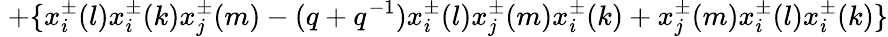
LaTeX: \; +\{ x_{i}^{\pm}(l)x_{i}^{\pm}(k)x_{j}^{\pm}(m)-(q+q^{-1})x_{i}^{\pm}(l)x_{j}^{\pm}(m)x_{i}^{\pm}(k)+x_{j}^{\pm}(m)x_{i}^{\pm}(l)x_{i}^{\pm}(k)\}